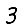
Digit: 3